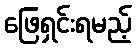
ဖြေရှင်းရမည့်